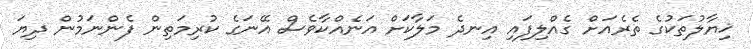
ޚިޔާލުތަކުގެ ތެރެއަށް ގެއްލިފައި އިނދެ މަލާކަށް އަނެއްކާވެސް އޭނަގެ ކުރިމަތިން ފެންނަމުން ދިޔަ